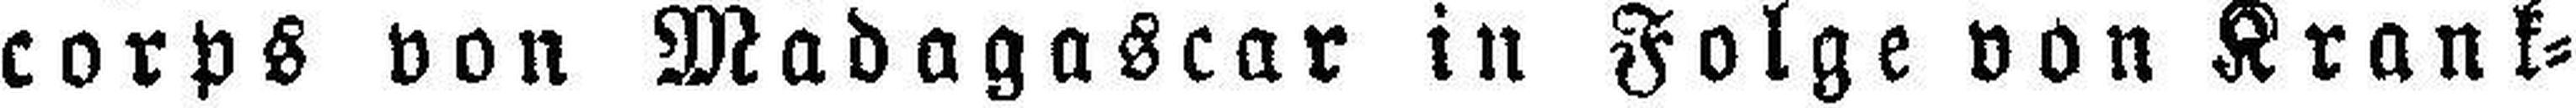
corps von Madagascar in Folge von Krank¬